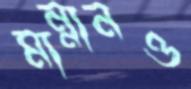
মান্নানও